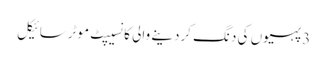
3 پہیوں کی دنگ کردینے والی کانسیپٹ موٹرسائیکل